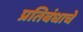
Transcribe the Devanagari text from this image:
प्रतिबंधाचे